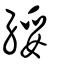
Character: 綏